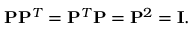
\mathbf { P } \mathbf { P } ^ { T } = \mathbf { P } ^ { T } \mathbf { P } = \mathbf { P } ^ { 2 } = \mathbf { I } .